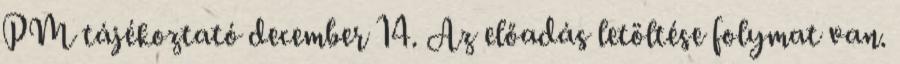
PM tájékoztató december 14. Az előadás letöltése folymat van.